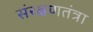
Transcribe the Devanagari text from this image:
संरक्षणतंत्रा